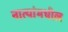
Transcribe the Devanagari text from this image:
नात्यांमधील